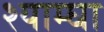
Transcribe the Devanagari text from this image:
श्याम्घा